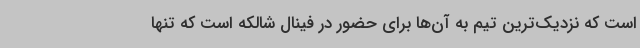
است که نزدیک‌ترین تیم به آن‌ها برای حضور در فینال شالکه است که تنها